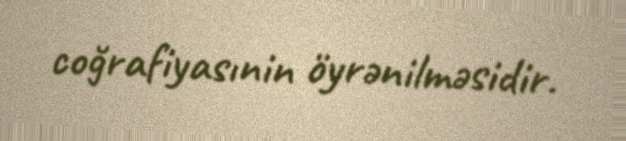
coğrafiyasınin öyrənilməsidir.